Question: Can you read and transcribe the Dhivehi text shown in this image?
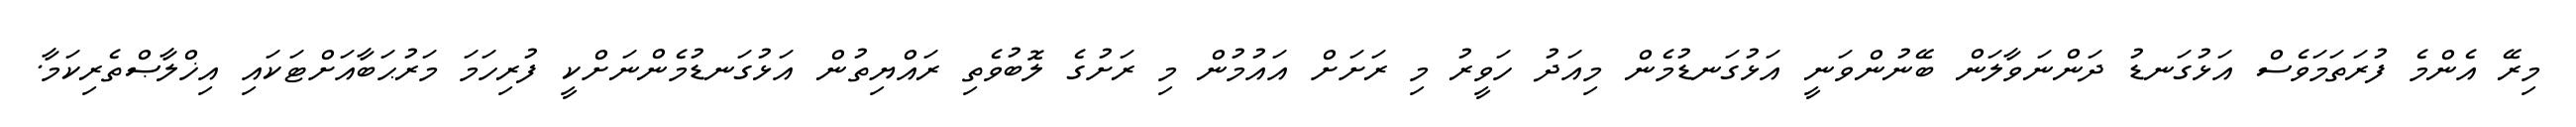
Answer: މިރޭ އެންމެ ފުރަތަމަވެސް އަޅުގަނޑު ދަންނަވާލަން ބޭނުންވަނީ އަޅުގަނޑުމެން މިއަދު ހަވީރު މި ރަށަށް އައުމުން މި ރަށުގެ ލޮބުވެތި ރައްޔިތުން އަޅުގަނޑުމެންނަށްކީ ފުރިހަމަ މަރުޙަބާއަށްޓަކައި އިޚްލާޞްތެރިކަމާ.